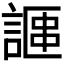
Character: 𫍁